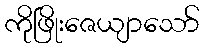
ကိုဖြိုးဇေယျာသော်